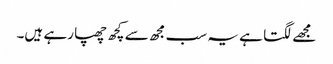
مجھے لگتا ہے یہ سب مجھ سے کچھ چھپا رہے ہیں۔